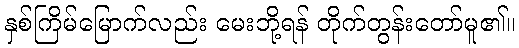
နှစ်ကြိမ်မြောက်လည်း မေးဘို့ရန် တိုက်တွန်းတော်မူ၏။